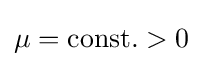
\mu ={\text{const.}}>0